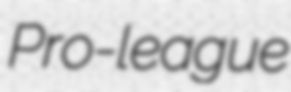
Pro-league